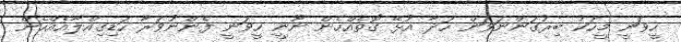
ހީވަނީ މީހަކު ބިރުގަންނަވަން ހަދާ އުޅޭ ގޮތެއްހެން ނޫނީ ހީވަނީ ފެންނުވަރާ ހަޑިގިއްލާއެއްހެން